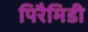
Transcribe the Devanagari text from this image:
पिरैमिडी